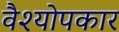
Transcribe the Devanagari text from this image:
वैश्योपकार